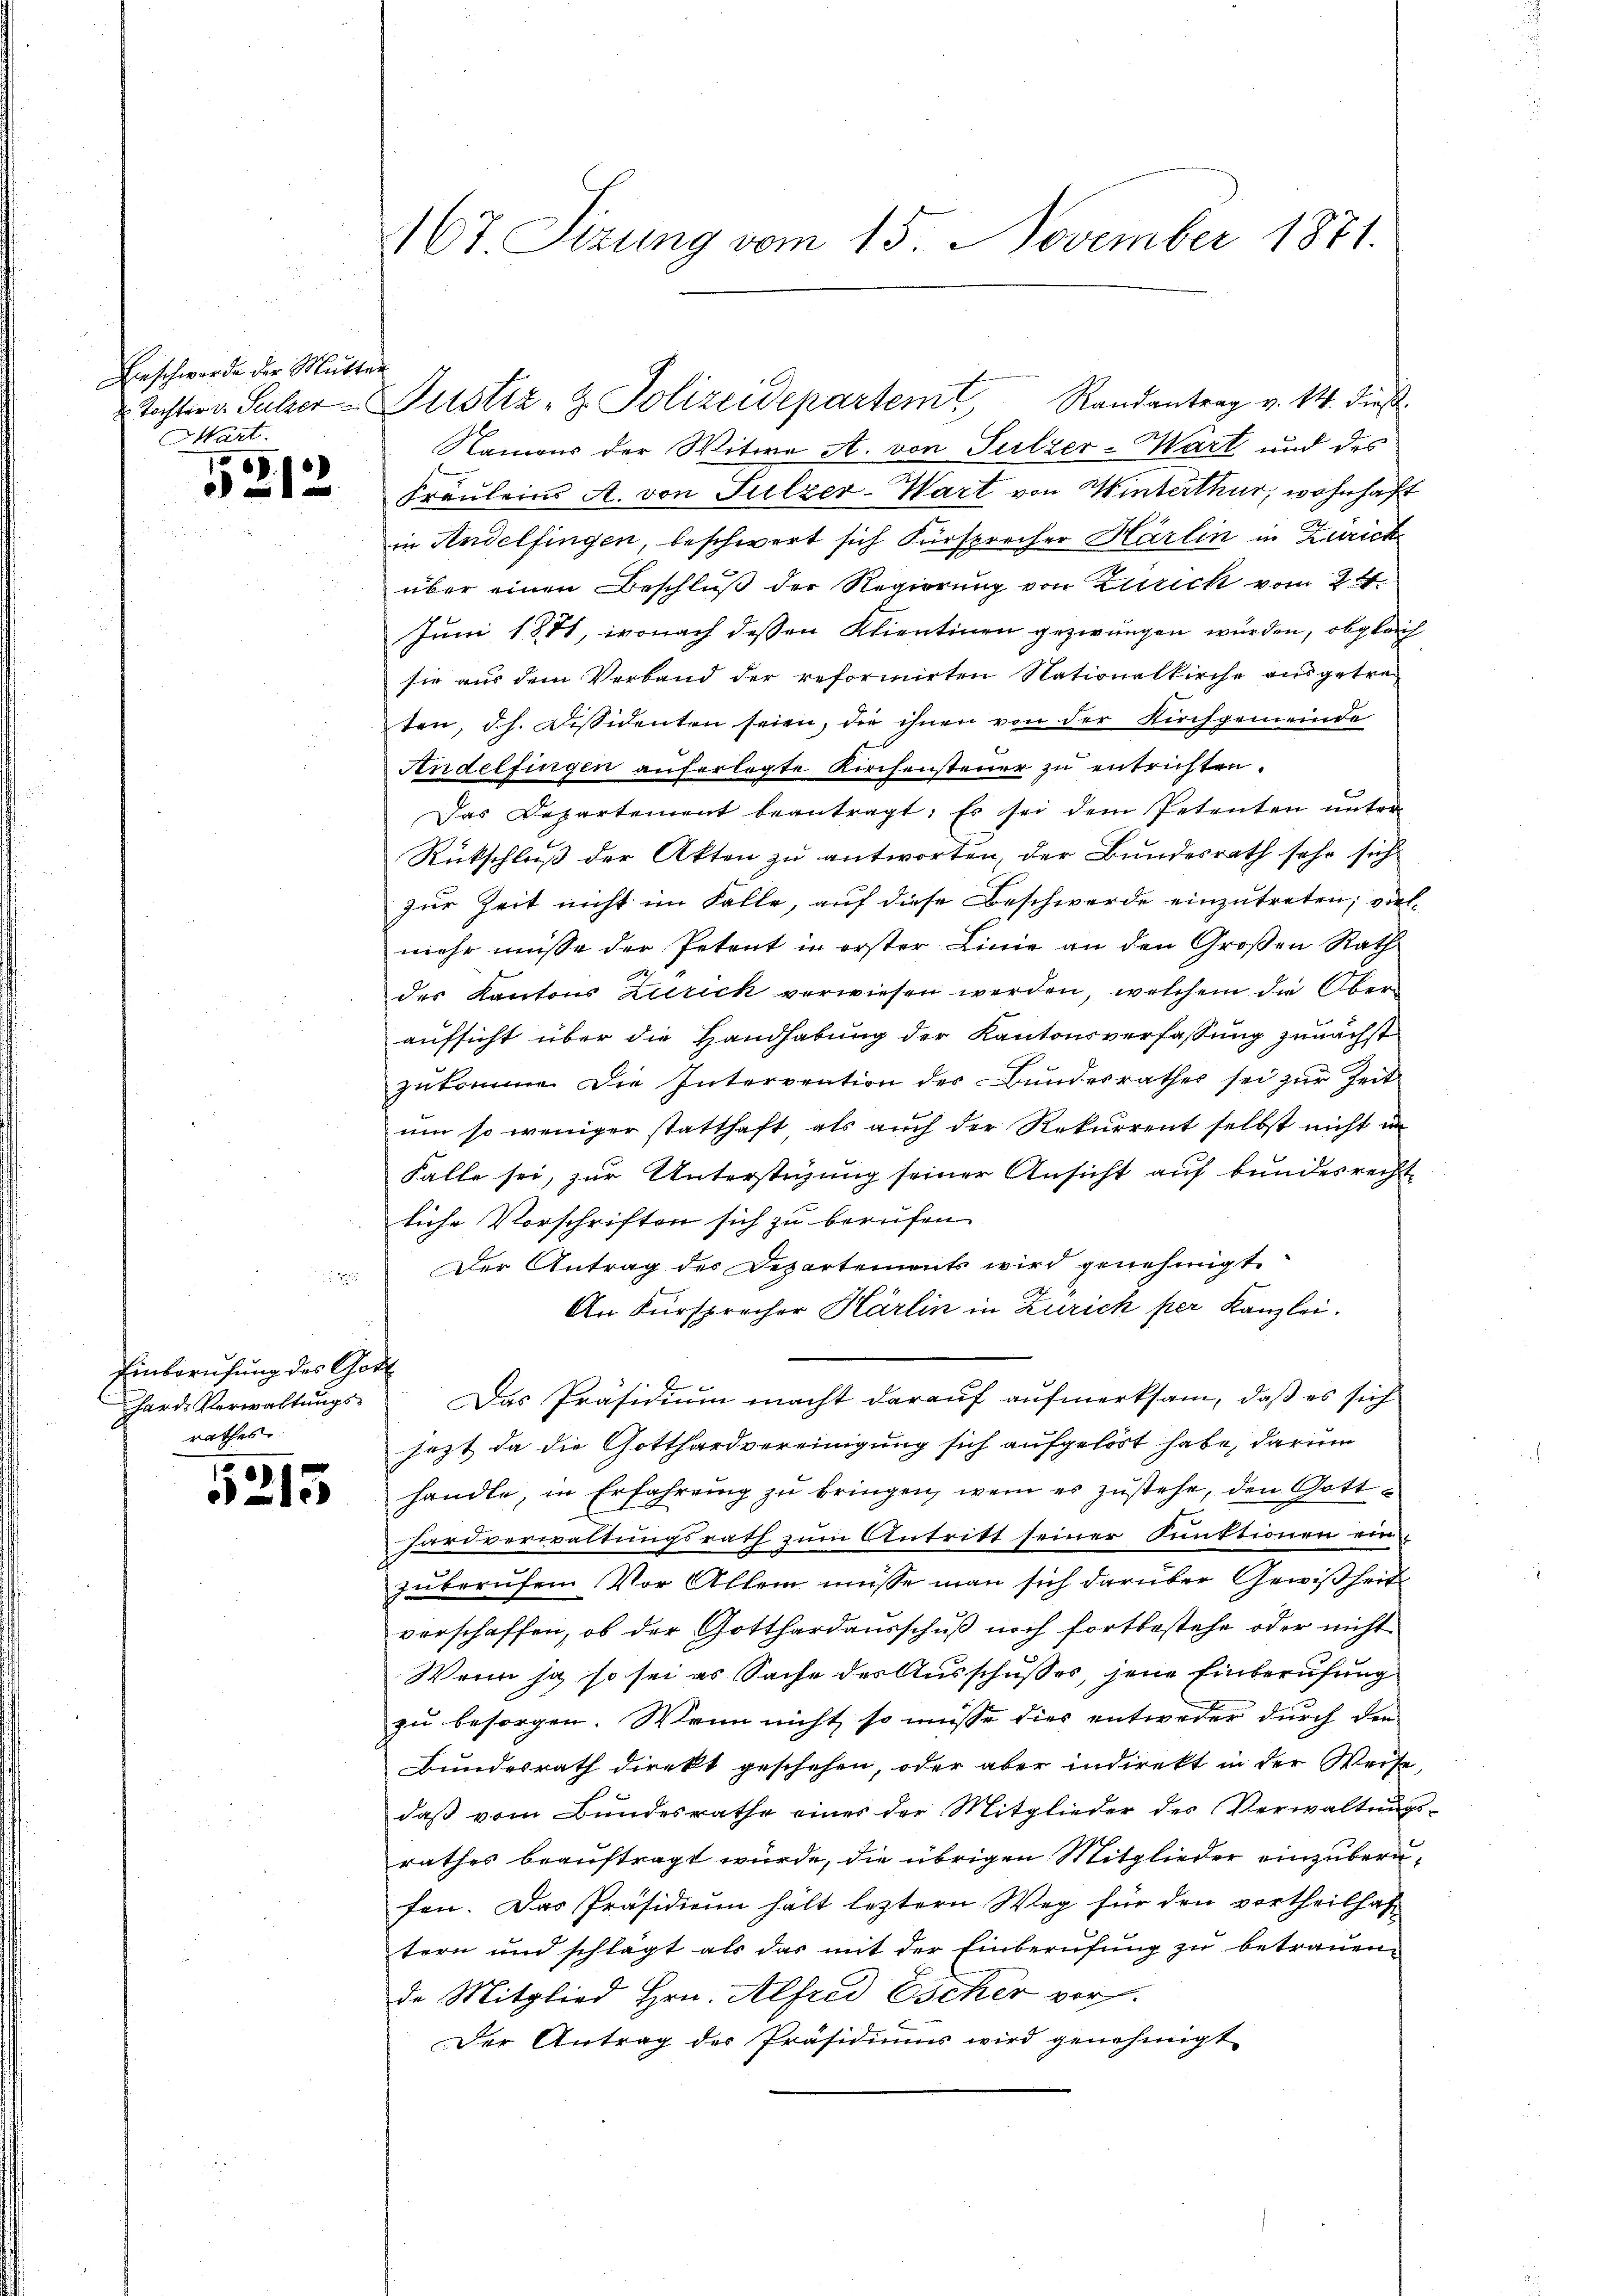
f

Beschwerde der Mutter
Tochter v. Sulzer
Mart.

5212

Einberufung des Gott
hard-Verwaltungsrathes:

5215

167 Sizung vom 15. November 1871.

Namens der Witwe A. von Sulzer-Wart und des
Fräuleins A. von Sulzer-Wart von Winterthur, wohnhaft
in Andelfingen, beschwert sich Fürsprecher Härlin in Zürich
über einen Beschluß der Regierung von Zürich vom 24.
Juni 1881, wonach dessen Klientinen gezwungen wurden, obgleich
sie aus dem Verband der reformirten Nationalkirche ausgetre
ten, d.h. Dessidenten seien, die ihnen von der Kirchgemeinde
Andelfingen auferlegte Kirchensteuer zu entrichten.
Das Departement beantragt. Es sei dem Petenten unter-
Rückschluß der Akten zu antworten, der Bundesrath sehr sich
zur Zeit nicht im Falle, auf diese Beschwerde einzutreten; vielmehr müsse der Petent in erster Linie an den Großen Rath
des Kantons Zurick verwiesen werden, welchem die Oberaufsicht über die Handhabung der Kantonsverfassung zunächst
zŭkommen die Intervention des Bundesrathes sei zur Zeit
um so weniger statthaft als auch der Rekurrent selbst nicht im
Falle sei, zur Unterstüzung seiner Ansicht auf bundesrecht
liche Vorschriften sich zu berufen.
Der Antrag des Departements wird genehmigt.
An Fürsprecher Kärlin in Zürich per Kanzlei.
Das Präsidium macht darauf aufmerksam, daß es sich
jezt da die Gotthardvereinigung sich aufgehört habe, darum
handle, in Erfahrung zu bringen, wenn es zustehe, den Gotthardverwaltungsrath zum Antritt seiner Punktionen ein
zuberufen. Vor Allem müsse man sich darüber Gewißheit
verschaffen, ob der Gotthardausschuß noch fortbestehe oder nicht
Wenn ja so sei es Sache des Ausschusses, jene Einberufung
zu besorgen. Wenn nicht so müsse dies entweder durch den
Bundesrath direkt geschehen, oder aber indirekt in der Weise,
daß vom Bundesrathe eines der Mitglieder des Verwaltungsrathes beauftragt würde, die übrigen Mitglieder einzuberufen. Das Präsidium hält leztern Weg für den vortheilhaf-
tern und schlägt als das mit der Einberufung zu betrauen,
de Mitglied Hrn. Alfred Escher vor.
Der Antrag der Präsidiums wird genehmigt

Justiz- & Polizeidepartem Randantrag v. 14. dieß